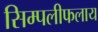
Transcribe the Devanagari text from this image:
सिम्पलीफलाय